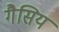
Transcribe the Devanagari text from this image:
गैसिय